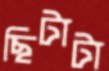
ছিটাটা